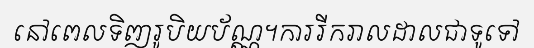
នៅពេលទិញរូបិយប័ណ្ណ។ការរីករាលដាលជាទូទៅ